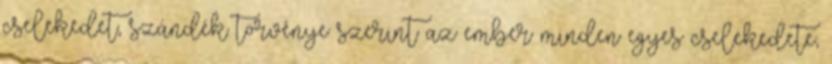
cselekedet, szándék törvénye szerint az ember minden egyes cselekedete,